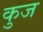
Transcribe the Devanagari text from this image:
कुज